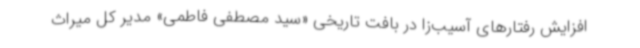
افزایش رفتارهای آسیب‌زا در بافت تاریخی «سید مصطفی فاطمی» مدیر کل میراث